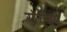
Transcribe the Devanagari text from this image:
रोकिये